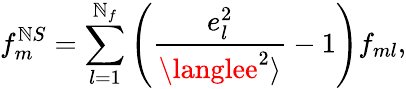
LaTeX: f_{m}^{\mathbb{N}S}=\sum_{l=1}^{\mathbb{N}_{f}}\left({\frac{{e_{l}^{2}}}{{\langlee^{2}\rangle}}}-1\right)f_{ml},